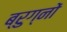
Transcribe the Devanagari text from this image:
ब्रुग्नों